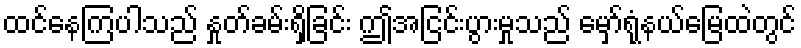
ထင်နေကြပါသည် နှုတ်ခမ်းရှိခြင်း ဤအငြင်းပွားမှုသည် မှော်ရုံနယ်မြေထဲတွင်